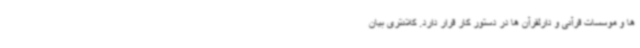
ها و موسسات قرآنی و دارلقرآن ها در دستور کار قرار دارد. کلانتری بیان